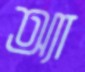
অ্যা